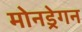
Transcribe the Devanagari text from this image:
मोनड्रेगन